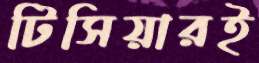
টিসিয়ারই